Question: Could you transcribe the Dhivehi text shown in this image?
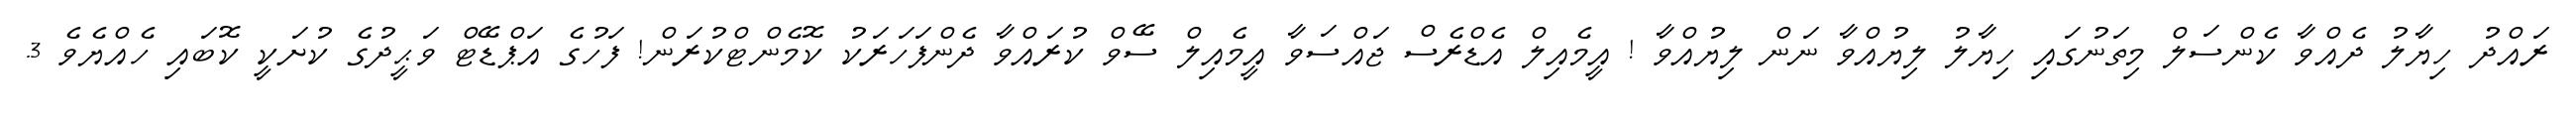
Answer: ރައްދު ހިޔާލު ދެއްވާ ކެންސަލް މިތަނުގައި ހިޔާލު ލިޔުއްވާ ނަން ލިޔުއްވާ ! އީމެއިލް އެޑްރެސް ޖައްސަވާ އީމެއިލް ސޭވް ކުރައްވާ ދެންފަހަރަކު ކޮމެންޓްކުރަން! ފަހުގެ އަޕްޑޭޓް ވަޙީދުގެ ކުށަކީ ކޮބައި ހެއްޔެވެ 3.